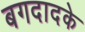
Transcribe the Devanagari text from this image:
बगदादके